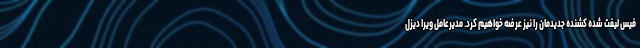
فیس لیفت شده کشنده جدیدمان را نیز عرضه خواهیم کرد. مدیرعامل ویرا دیزل